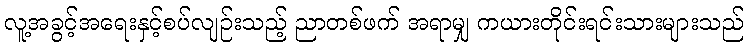
လူ့အခွင့်အရေးနှင့်စပ်လျဉ်းသည့် ညာတစ်ဖက် အရာမျှ ကယားတိုင်းရင်းသားများသည်